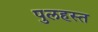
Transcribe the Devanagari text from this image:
पुलहस्त